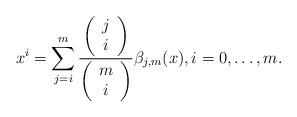
\begin{align*} x^i=\displaystyle{\sum_{j=i}^{m} \frac{\left(\begin{array}{c} j \\ i\end{array}\right)}{\left(\begin{array}{c} m \\ i\end{array}\right)} \beta_{j,m}(x)},i=0,\dots,m.\end{align*}